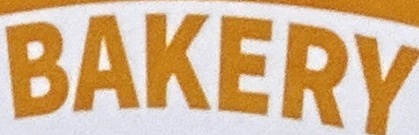
BAKERY